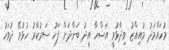
މުހައްމަދު މުއިއްޒު ވިދާޅުވީ އަޟްހާ އީދު ބަންދަށް ފަހު ސަރުކާރު ހުޅުވޭ ދުވަހު